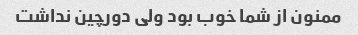
ممنون از شما خوب بود ولی دورچین نداشت